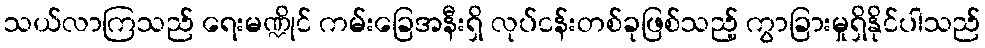
သယ်လာကြသည် ရေးမဏ္ဍိုင် ကမ်းခြေအနီးရှိ လုပ်ငန်းတစ်ခုဖြစ်သည့် ကွာခြားမှုရှိနိုင်ပါသည်